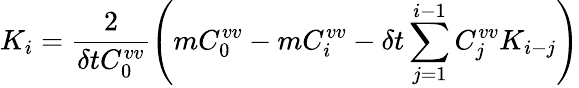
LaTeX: K_{i}=\frac{2}{\delta tC_{0}^{vv}}\left(mC_{0}^{vv}-mC_{i}^{vv}-\delta t\sum_{j=1}^{i-1}C_{j}^{vv}K_{i-j}\right)